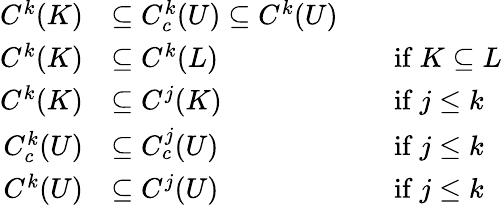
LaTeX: {\begin{array}{rlrl}{C^{k}(K)}&{\subseteq C_{c}^{k}(U)\subseteq C^{k}(U)}\\ {C^{k}(K)}&{\subseteq C^{k}(L)}&&{{\mathrm{if~}}K\subseteq L}\\ {C^{k}(K)}&{\subseteq C^{j}(K)}&&{{\mathrm{if~}}j\leq k}\\ {C_{c}^{k}(U)}&{\subseteq C_{c}^{j}(U)}&&{{\mathrm{if~}}j\leq k}\\ {C^{k}(U)}&{\subseteq C^{j}(U)}&&{{\mathrm{if~}}j\leq k}\end{array}}